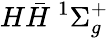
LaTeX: {H}\bar{H}\ ^{1}{\Sigma_{g}^{+}}